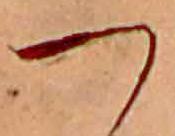
つ